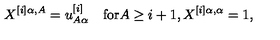
X ^ { [ i ] \alpha , A } = u _ { A \alpha } ^ { [ i ] } \quad \mathrm { f o r } A \geq i + 1 , X ^ { [ i ] \alpha , \alpha } = 1 ,